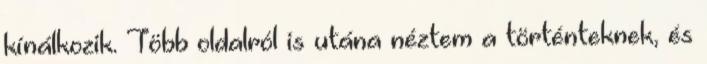
kínálkozik. Több oldalról is utána néz­tem a történteknek, és